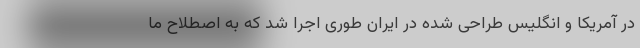
در آمریکا و انگلیس طراحی شده در ایران طوری اجرا شد که به اصطلاح ما